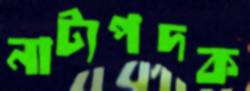
নাট্যপদক